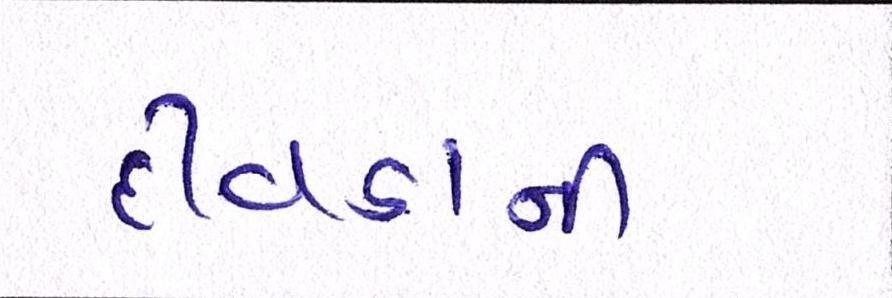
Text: દીવડાની